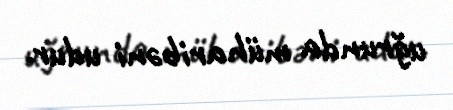
uğrunda müharibəni udur.